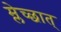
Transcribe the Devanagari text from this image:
म्लेच्छात्